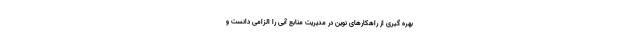
بهره گیری از راهکارهای نوین در مدیریت منابع آبی را الزامی دانست و